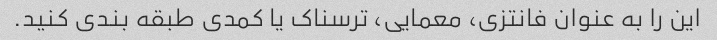
این را به عنوان فانتزی، معمایی، ترسناک یا کمدی طبقه بندی کنید.